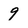
Character: 9